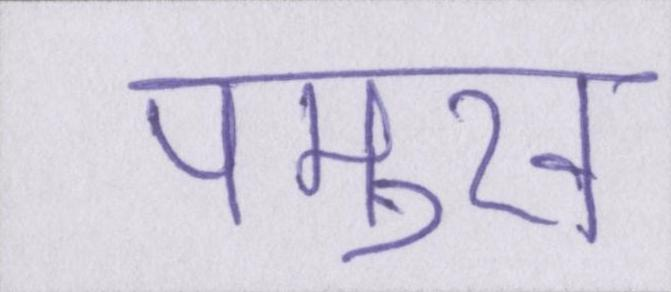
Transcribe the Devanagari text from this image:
पमुख